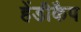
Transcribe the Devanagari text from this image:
हेंडीकैप